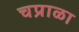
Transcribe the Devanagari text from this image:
चप्राळा